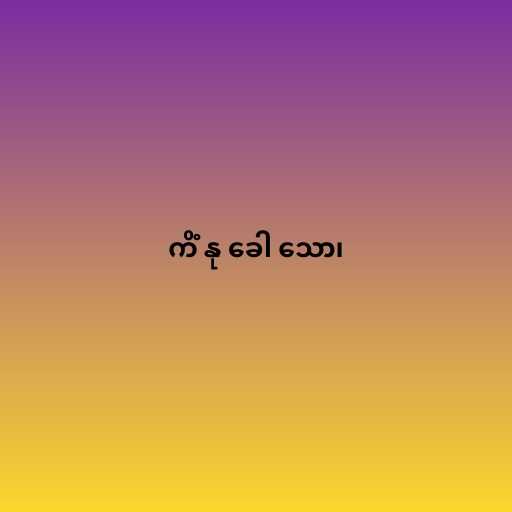
ကိံ နု ခေါ သော၊